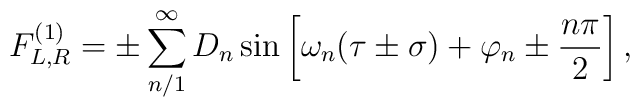
F^{(1)}_{L,R} = \pm\sum_{n/1}^{\infty}D_n\sin\left[\omega_n(\tau\pm \sigma) + \varphi_n \pm \frac{n\pi}{2}\right],